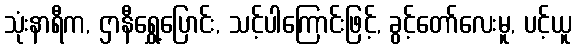
သုံးနာရီက, ဌာနီရွှေ့ပြောင်း, သင့်ပါကြောင်းဖြင့်, ခွင့်တော်လေးမူ, ပင့်ယူ